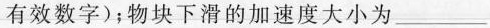
有效数字)；物块下滑的加速度大小为___